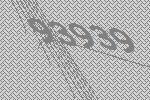
93939